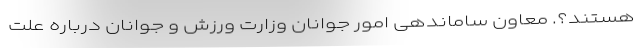
هستند؟. معاون ساماندهی امور جوانان وزارت ورزش و جوانان درباره علت